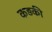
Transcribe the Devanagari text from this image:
कड़की